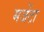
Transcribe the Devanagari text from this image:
मजेंटा